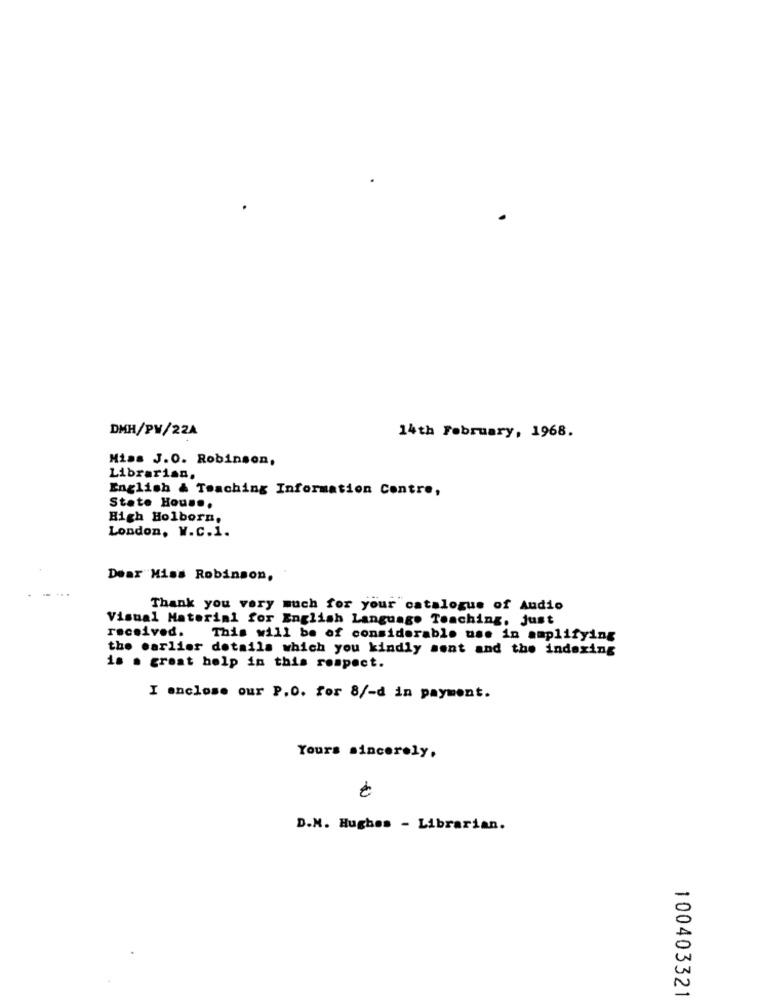
DMH/PW/22A
14th February, 1968.
Mias J.O. Robinson,
Librarian.
English & Teaching Information Contre,
State Hou ...
High Holborn,
London, W.C.1.
Dear Miss Robinson,
Thank you very much for your catalogue of Audio
Visual Material for English Language Teaching. just
received.
This will be of considerable use in amplifying
the earlier details which you kindly sont and the indexing
is a great help in this respect.
I enclose our P.O. for 8/-d in payment.
Yours sincerely.
D.M. Hughes - Librarian.
100403321